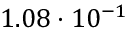
1 . 0 8 \cdot 1 0 ^ { - 1 }